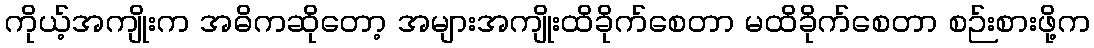
ကိုယ့်အကျိုးက အဓိကဆိုတော့ အများအကျိုးထိခိုက်စေတာ မထိခိုက်စေတာ စဉ်းစားဖို့က